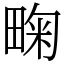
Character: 㽤